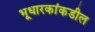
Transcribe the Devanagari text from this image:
भूधारकांकडील